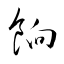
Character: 餉